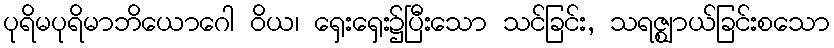
ပုရိမပုရိမာဘိယောဂေါ ဝိယ၊ ရှေးရှေး၌ပြီးသော သင်ခြင်း, သရဇ္ဈာယ်ခြင်းစသော